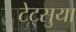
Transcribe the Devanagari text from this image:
टेट्सुया